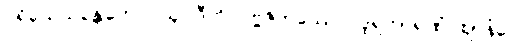
ပရိယေသန္တေဟေဝ ယူပါဒီဟိ ပဗ္ဗဇိတဿေဝ ဒူရကာရဏံ ဈာနံပေ